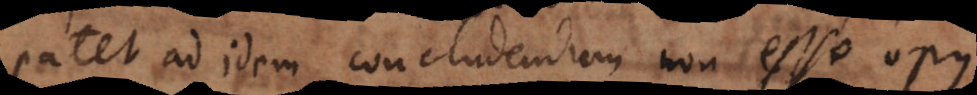
patet ad idem concludendum non esse opus